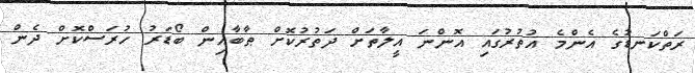
ރަތްކަނޑުގެ އެންމެ އުތުރުގައި އޮންނަ އީލާތަށް ދަތުރުކޮށް ޠާބާއިން ބޯޑަރު ހުރަސްކޮށް ދެން